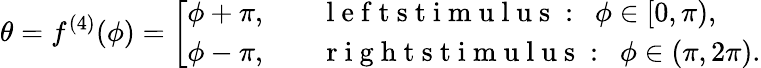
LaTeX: \theta=f^{(4)}(\phi)=\left[\begin{array}{ll}{\phi+\pi,\quad}&{\mathrm{~l~e~f~t~s~t~i~m~u~l~u~s~:~}\ {\phi}\in[0,\pi),}\\ {\phi-\pi,\quad}&{\mathrm{~r~i~g~h~t~s~t~i~m~u~l~u~s~:~}\ \phi\in(\pi,2\pi).}\end{array}\right.